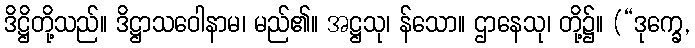
ဒိဋ္ဌိတို့သည်။ ဒိဋ္ဌာသဝေါနာမ၊ မည်၏။ အဋ္ဌသု၊ န်သော။ ဌာနေသု၊ တို့၌။ (“ဒုက္ခေ,